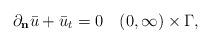
LaTeX: \begin{align*} \partial_{\bf{n}}\bar u+\bar u_t=0 \quad(0,\infty)\times\Gamma,\end{align*}